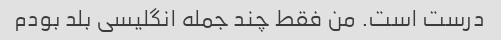
درست است. من فقط چند جمله انگلیسی بلد بودم